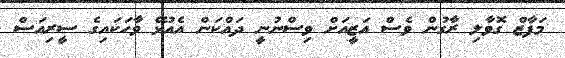
މަފާޒް ގޮވާލި ރާގުން ވެސް އަޒީއަށް ވިސްނުނީ ދައްކަން އެއުޅޭ ވާހަކައިގެ ސީރިއަސް